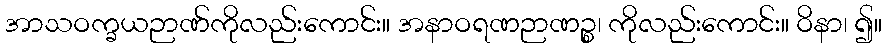
အာသဝက္ခယဉာဏ်ကိုလည်းကောင်း။ အနာဝရဏဉာဏဉ္စ၊ ကိုလည်းကောင်း။ ဝိနာ၊ ၍။